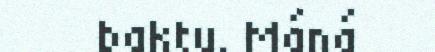
baktu. Máná